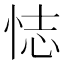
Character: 𢙺